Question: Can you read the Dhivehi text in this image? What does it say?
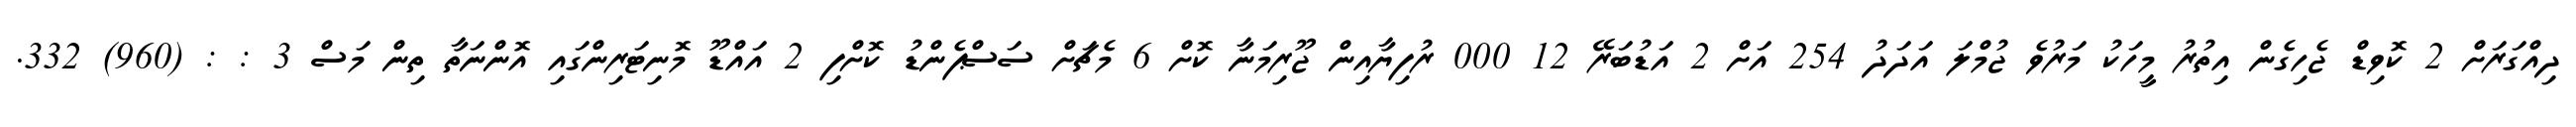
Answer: ދިއްގަރަށް 2 ކޮވިޑް ޖެހިގެން އިތުރު މީހަކު މަރުވެ ޖުމްލަ އަދަދު 254 އަށް 2 އަޑުބަރޭ 12 000 ރުފިޔާއިން ޖޫރިމަނާ ކޮށް 6 މެޗަށް ސަސްޕެންޑު ކޮށްފި 2 އައްޑޫ މޮނިޓަރިންގައި އޮންނަތާ ތިން މަސް 3 : : (960) 332.